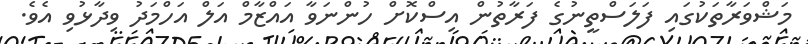
މަޝްވަރާތަކުގައި ފަލަސްތީނުގެ ފަރާތުން އިސްކޮށް ހުންނަވާ އައްޒާމް އަލް އަހްމަދު ވިދާޅުވި އެވެ.